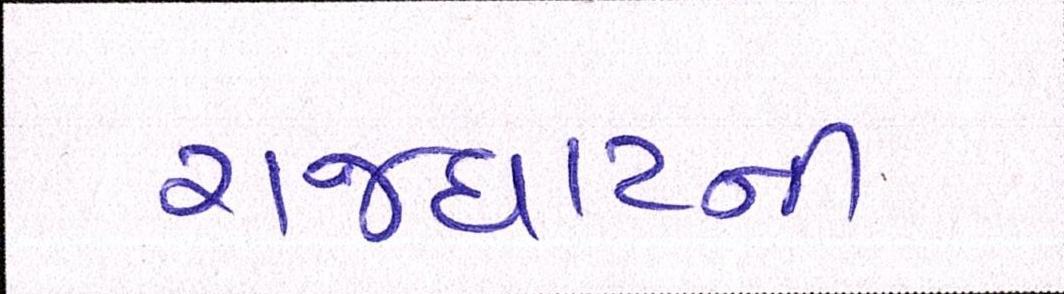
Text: રાજઘાટની